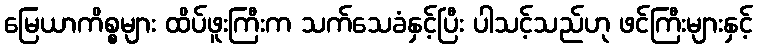
မြေယာကိစ္စများ ထိပ်ဖူးကြီးက သက်သေခံနှင့်ပြီး ပါသင့်သည်ဟု ဖင်ကြီးများနှင့်